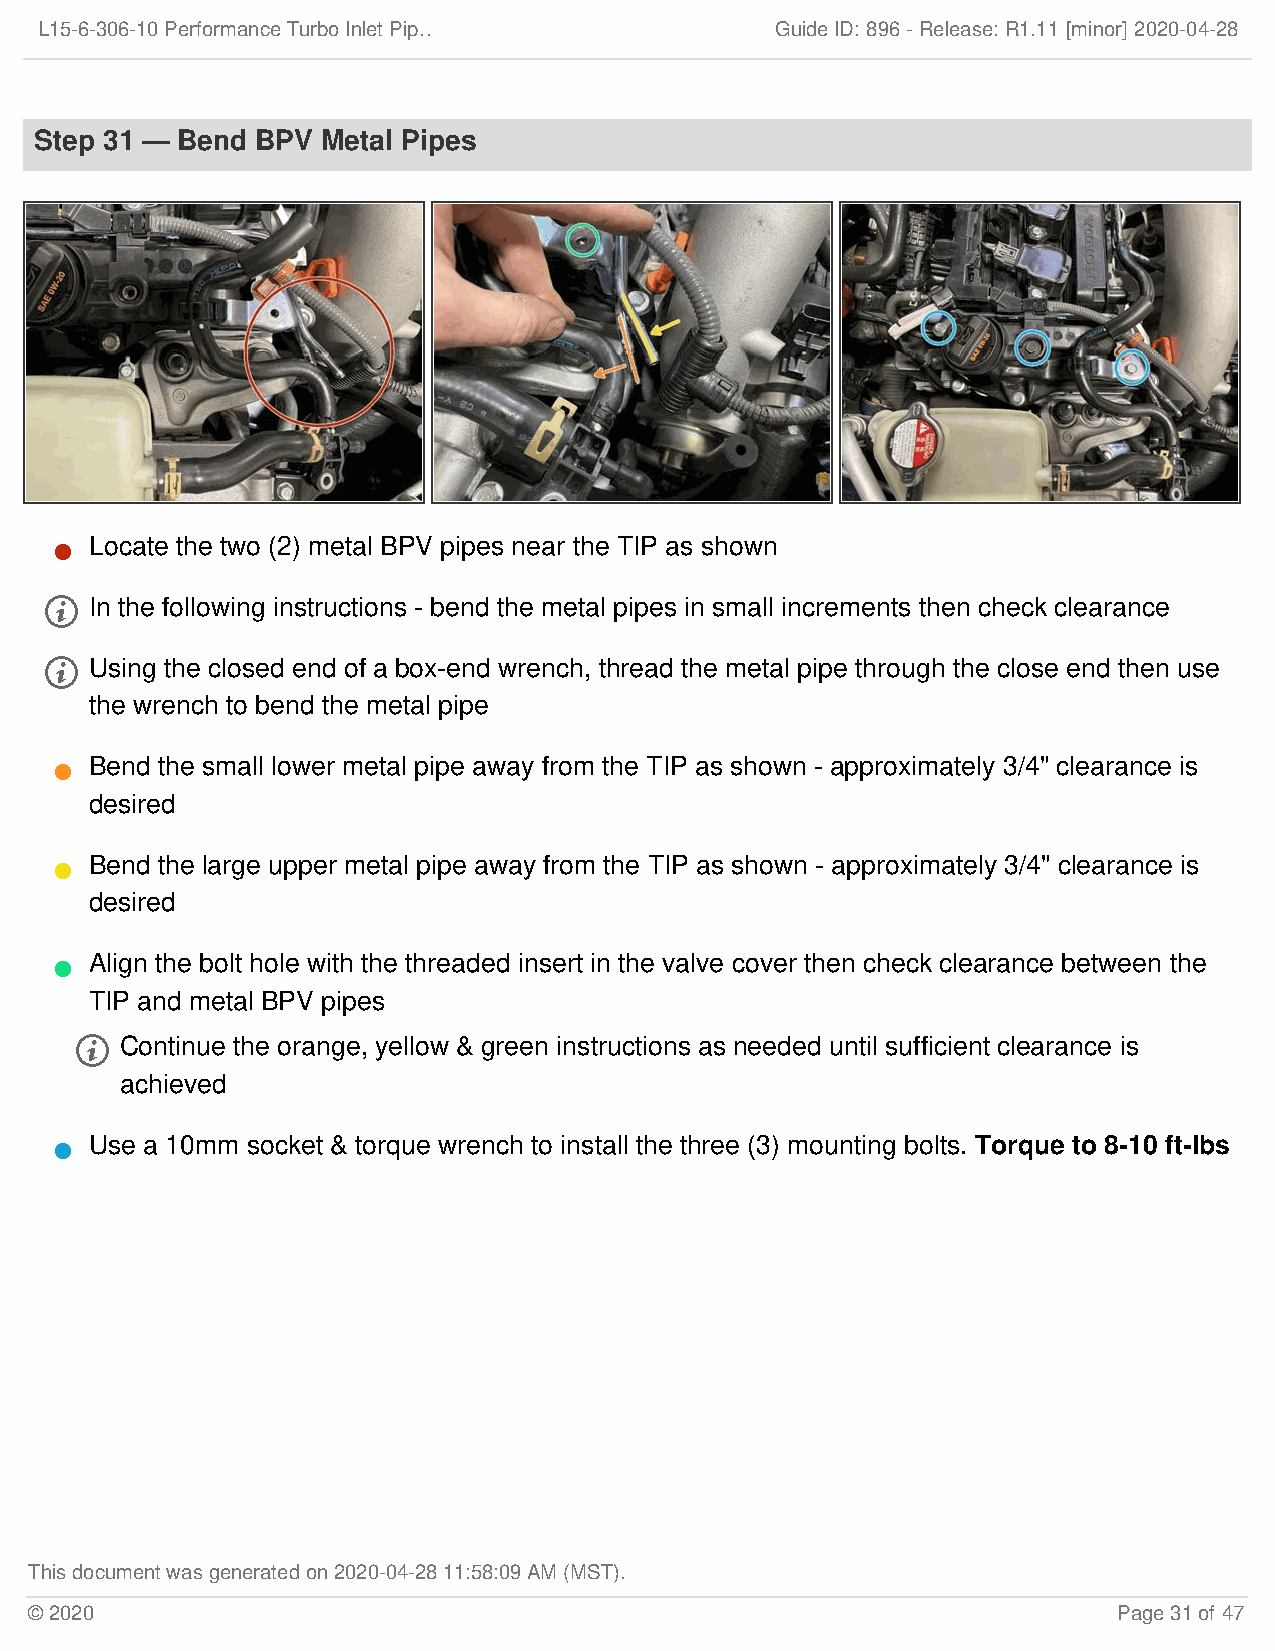
L15-6-306-10 Performance Turbo Inlet Pip…        Guide ID: 896 -Release:R1.11 [minor] 2020-04-28
 Step 31 — Bend BPV Metal Pipes
 Locate the two (2) metal BPV pipes near the TIP as shown
 
   In the following instructions - bend the metal pipes in small increments then check clearance
   Using the closed end of a box-end wrench, thread the metal pipe through the close end then use
 the wrench to bend the metal pipe
 Bend the small lower metal pipe away from the TIP as shown - approximately 3/4" clearance is
 
 desired
 Bend the large upper metal pipe away from the TIP as shown - approximately 3/4" clearance is
 
 desired
 Align the bolt hole with the threaded insert in the valve cover then check clearance between the
 
 TIP and metal BPV pipes
   Continue the orange, yellow & green instructions as needed until sufficient clearance is
 achieved
 Use a 10mm socket & torque wrench to install the three (3) mounting bolts. Torque to 8-10 ft-lbs
 
 This document was generated on 2020-04-28 11:58:09 AM (MST).
 © 2020                                                                  Page 31 of 47